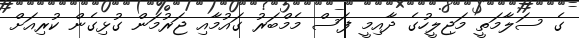
ގެ ސަލާމަތީ މަޖިލީހުގެ ދާއިމީ ފަސް މެމްބަރު ގައުމާއި ޖަރުމަން ގުޅިގެން ކުރިއަށް